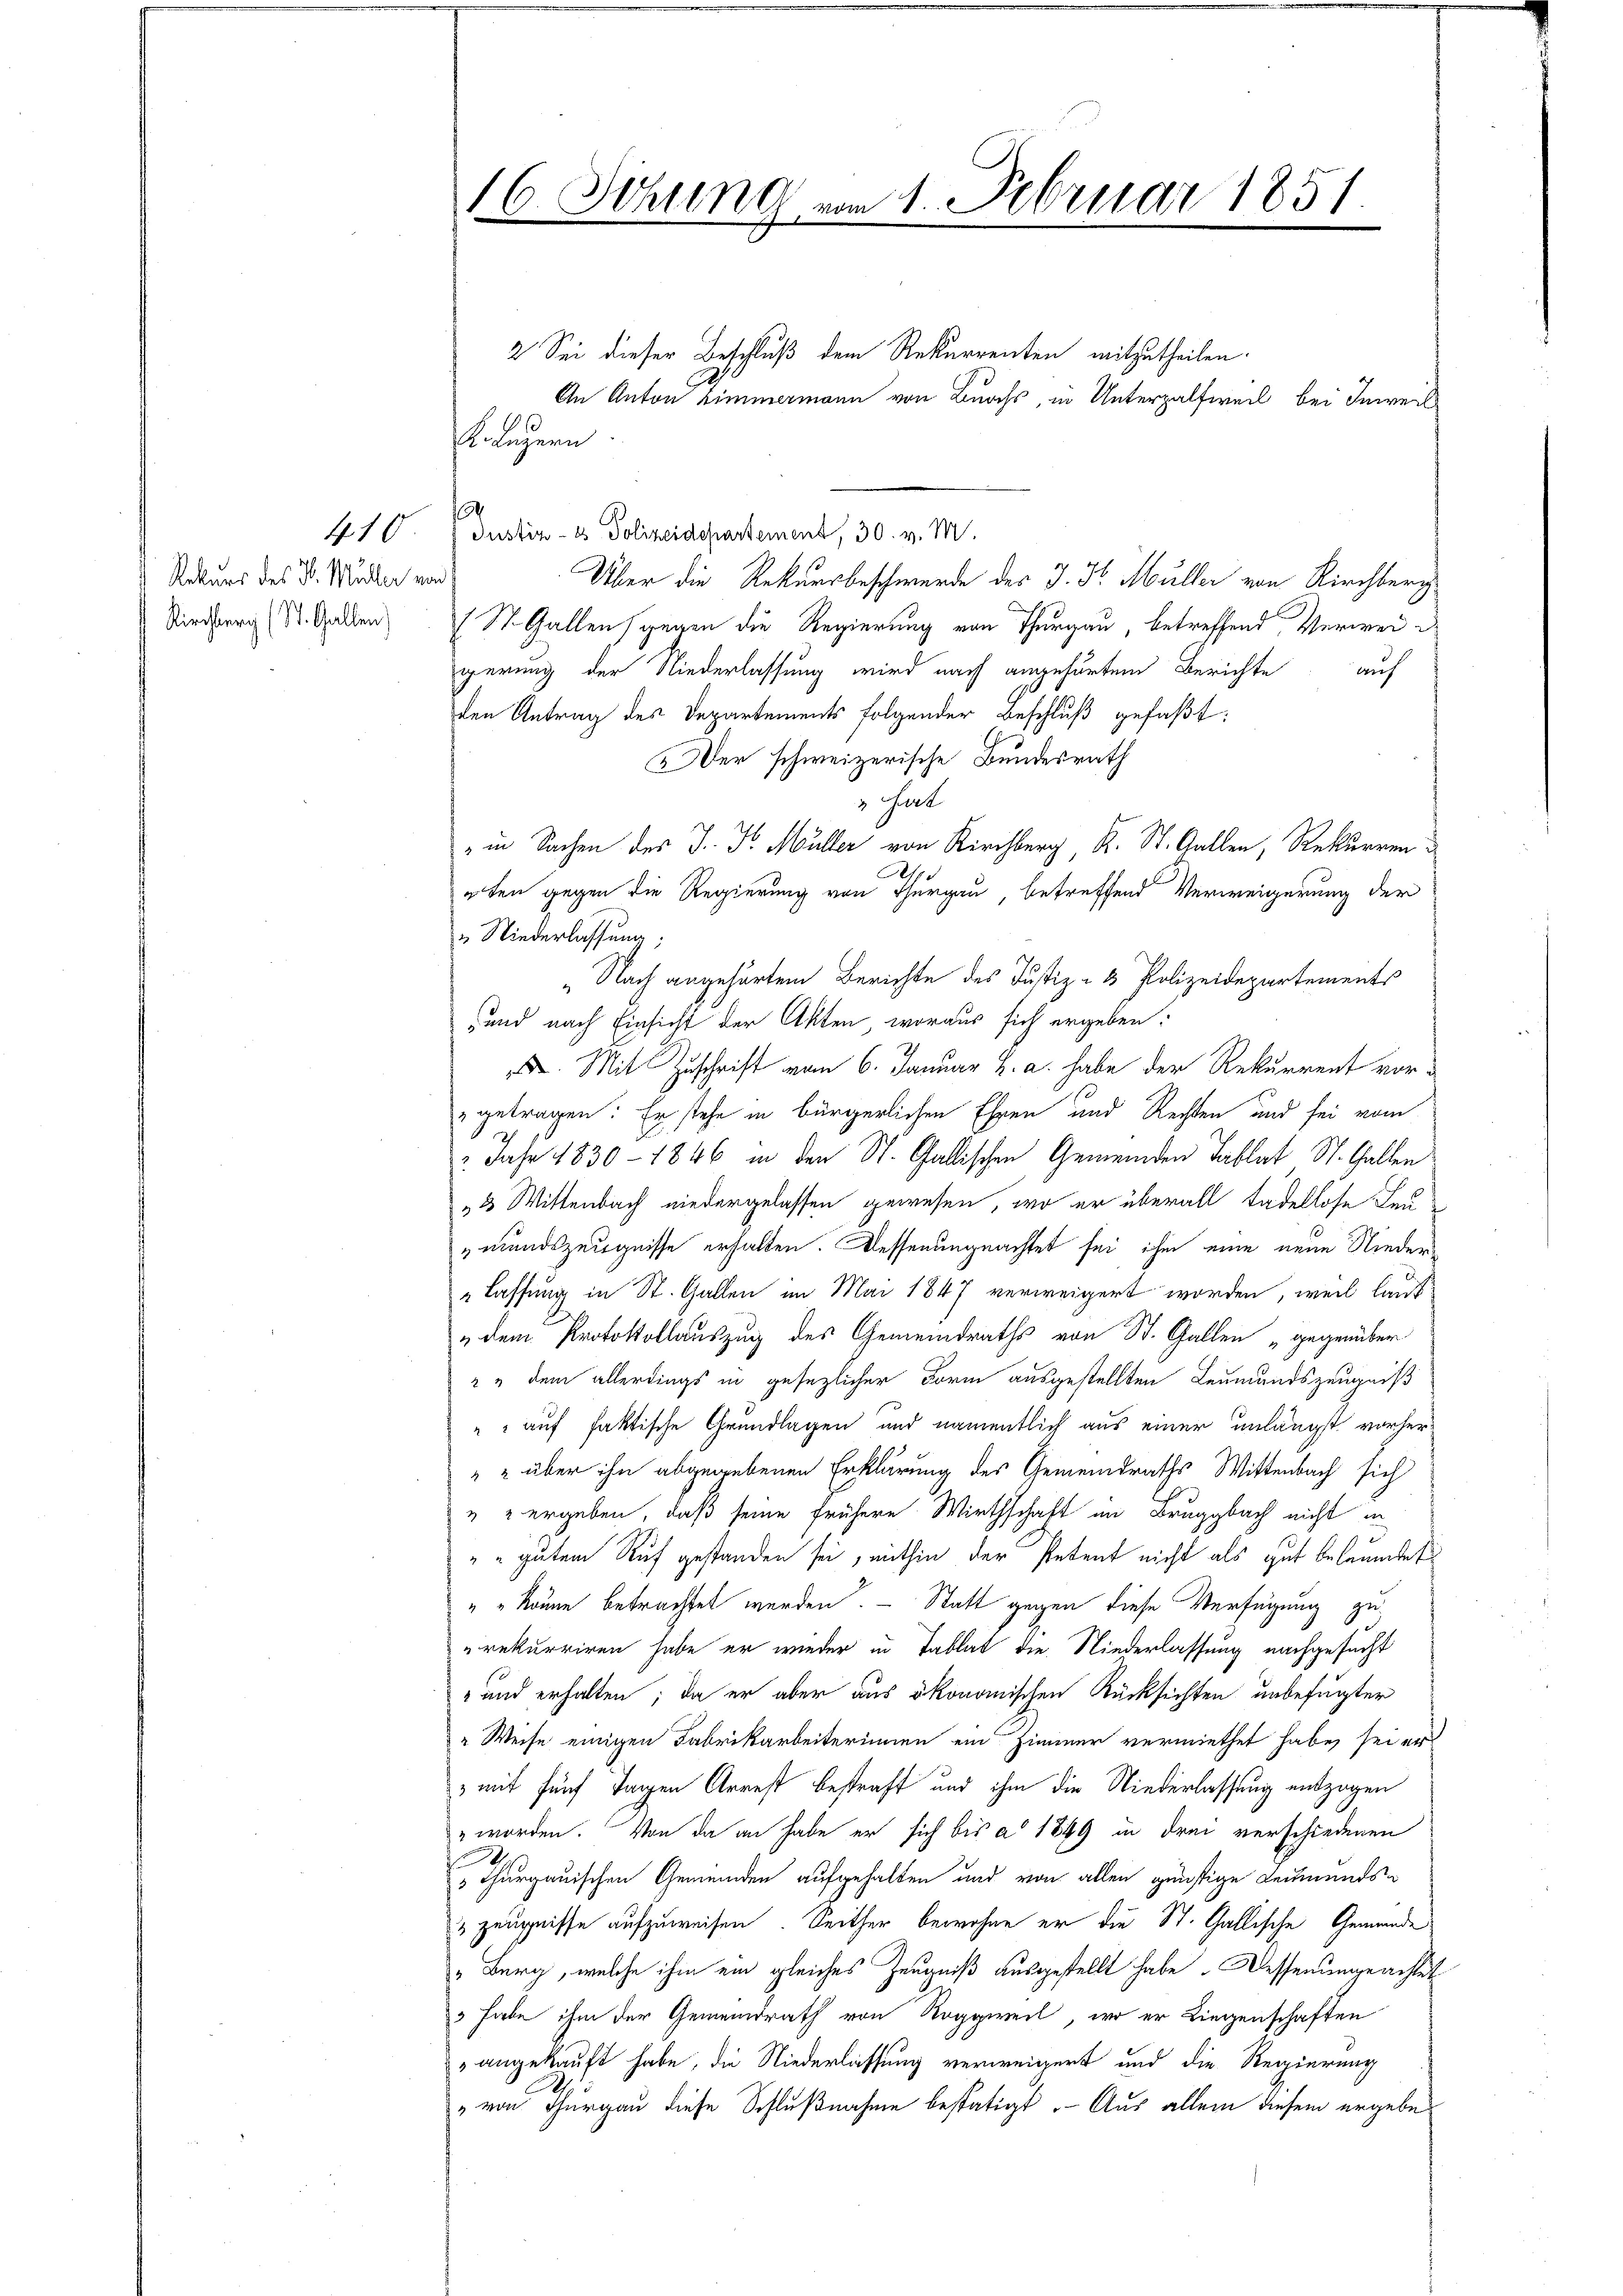
410
Rekurs des H. Müller von d
Kirchberg (St. Gallen,

16. Sitzung vom 1. Februar 1851.

K. Luzern
Justiz- & Polizeidepartement, 30. v. M.
Über die Rekursbeschwerde des J. J. Müller von Kirchberg
(St. Gallen gegen die Regierung von Thurgau, betreffend Verweigerung der Niederlassung wird nach angehörten Berichte auf
den Antrag des Departements folgender Beschluß gefaßt:
 Der schweizerische Bundesrath
2 Gurt
in Sachen des J. J. Müller von Kircher K. St. Gallen, Rekurren
g
uten gegen die Regierung von Thurgau, betreffend Verweigerung der
u Niederlassung.
„Nach angehörten Berichte des Justiz- & Polizeidepartements
und nach Einsicht der Akten, woraus sich ergeben:
. Mit Zuschrift vom 6. Januar h. a. habe der Rekurrent vorgetragen: Er stehe in bürgerlichen Ehren und Rechten und sei vom
" Jahr 1830 - 1846 in den St. Gallischen Gemeinden Tablat St. Gallen
„3 Wittenbach niedergelassen gewesen, wo er überall tadellose Leumundszeugnisse erhalten. Dessenungeachtet sei ihm eine neue Nieder¬
" lassung in St. Gallen im Mai 1847 verweigert worden, weil lauf
dem Protokollauszug des Gemeindraths von St. Gallen „gegenüber
" " dem allerdings in gesezlicher Form ausgestellten Leumundszeugniß
" auf faktische Grundlagen und namentlich aus einer unlängst vorher¬
" über ihn abgegebenen Erklärung des Gemeindraths Wittenbach sich
& u ergeben, daß seine frühere Wirthschaft im Bruggbach nicht in
" gutem Ruf gestanden sei, mithin der Petent nicht als gut beleumdet
"" könne betrachtet werden. - Statt gegen diese Verfügung zu
rekurriren habe er wieder in Tablat die Niederlassung nachgesucht
" und erhalten; da er aber aus ökonomischen Rücksichten unbefugter
" Weise einigen Fabrikarbeiterinnen ein Zimmer vermiethet habe, sei er
 mit fünf Tagen Arrest bestraft und ihm die Niederlassung entzogen
" worden. Von da an habe er sich bis ad 1849 in drei verschiedenen
 Thurgauischen Gemeinden aufgehalten und von allen günstige Leumunds¬
3 Zeugnisse aufzuweisen. Seither bewohne er die St. Gallische Gemeinde
„Burg, welche ihm ein gleiches Zeugniß ausgestellt habe. Dessenungeachtet
3 habe ihm der Gemeindrath von Roggweil, wo er Liegenschaften
" angekauft habe, die Niederlassung verweigert und die Regierung
„von Thurgau diese Schlußnahme bestätigt.- Aus allem diesem ergebe¬

.

2 Sei dieser Beschluß dem Rekurrenten mitzutheilen.
An Anton Zimmermann von Buchs, in Unterzalfweil bei Inweil